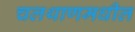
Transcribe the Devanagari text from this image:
चलथाणमधील